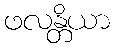
ဖလန္တိယာ